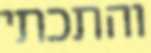
והתכתי